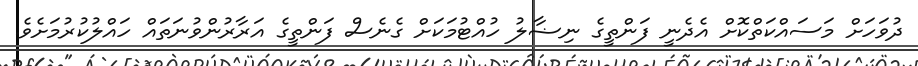
ދުވަހަށް މަސައްކަތްކޮށް އެދެނީ ފަންތީގެ ނިޟާލު ހުއްޓުމަކަށް ގެނެސް ފަންތީގެ އަރާރުންވުނަތައް ހައްލުކުރުމަށެވެ.